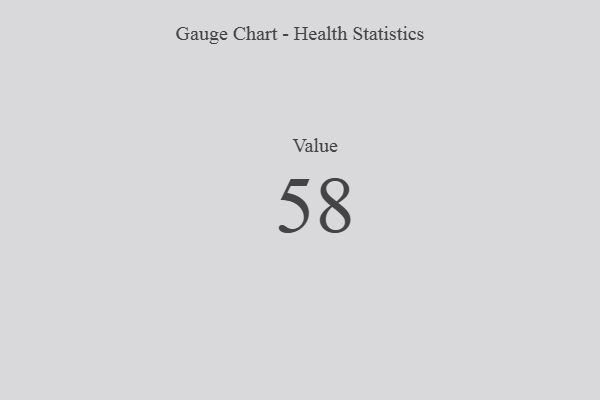
{"axis": {"x": "Metric", "y": "Value"}, "legend": [""], "data": [{"x": "Value", "y": 58, "type": ""}]}